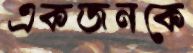
একজনকে